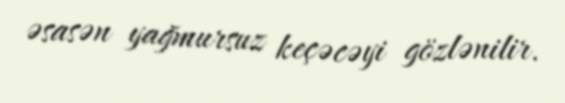
əsasən yağmursuz keçəcəyi gözlənilir.